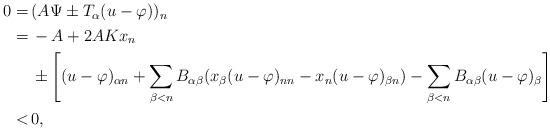
LaTeX: \begin{align*}\begin{aligned}0 = \,& (A \Psi \pm T_\alpha (u - \varphi))_n\\ = \,& - A + 2 A K x_n \\ & \pm \left[(u - \varphi)_{\alpha n}+\sum_{\beta<n}B_{\alpha\beta}(x_{\beta}(u-\varphi)_{nn}-x_n(u-\varphi)_{\beta n})-\sum_{\beta<n}B_{\alpha\beta}(u-\varphi)_{\beta}\right]\\ < \,& 0,\end{aligned}\end{align*}